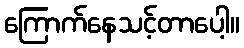
ကြောက်နေသင့်တာပေါ့။